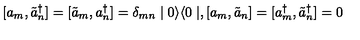
[ a _ { m } , \tilde { a } _ { n } ^ { \dagger } ] = [ \tilde { a } _ { m } , a _ { n } ^ { \dagger } ] = \delta _ { m n } \mid 0 \rangle \langle 0 \mid , [ a _ { m } , \tilde { a } _ { n } ] = [ a _ { m } ^ { \dagger } , \tilde { a } _ { n } ^ { \dagger } ] = 0